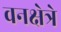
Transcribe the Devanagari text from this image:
वनक्षेत्रे